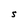
Character: S